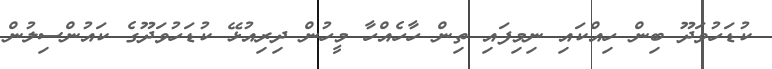
ކުޑަހުވަދޫ ބިން ހިއްކައި ނިމިފައި ތިން ހާހެއްހާ މީހުން ދިރިއުޅޭ ކުޑަހުވަދޫގެ ކައުންސިލުން